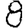
Digit: 8